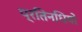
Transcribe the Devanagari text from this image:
प्रतिनधियों